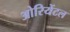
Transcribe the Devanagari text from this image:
ओरियेंटल